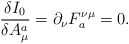
\begin{align*}\frac{\delta I_0}{\delta A^a_\mu} = \partial_\nu F_a^{\nu \mu}= 0.\end{align*}